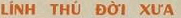
LINH THU DOI XUA